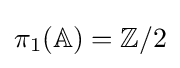
\pi _{1}(\mathbb {A} )=\mathbb {Z} /2